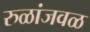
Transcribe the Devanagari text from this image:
रुळांजवळ